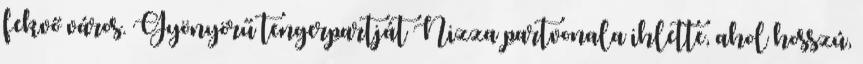
fekvő város. Gyönyörű tengerpartját Nizza partvonala ihlette, ahol hosszú,